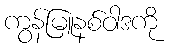
ကွန်မြူနစ်ဝါဒကို